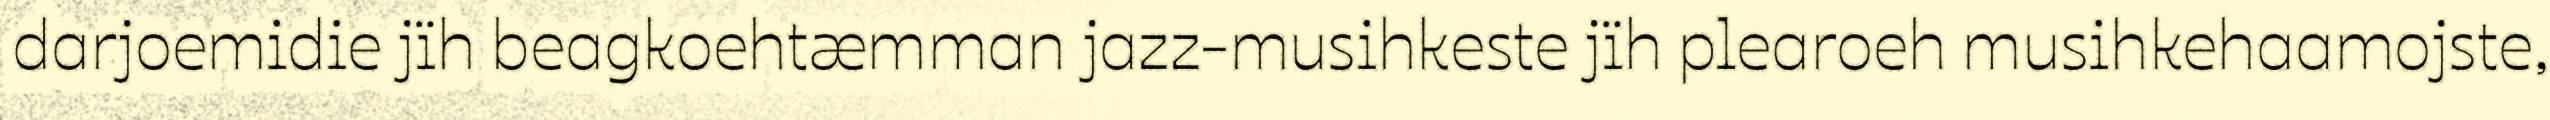
darjoemidie jïh beagkoehtæmman jazz-musihkeste jïh plearoeh musihkehaamojste,